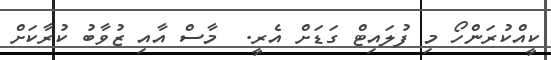
ކީއްކުރަންހޯ މި ފުލައިޓް ގަޑަށް އެރީ.  މާސް އާއި ޒުވާބު ކުރާކަށް